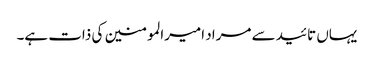
یہاں تائید سے مراد امیرالمومنین کی ذات ہے۔